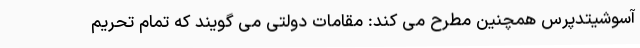
آسوشیتدپرس همچنین مطرح می کند: مقامات دولتی می گویند که تمام تحریم